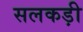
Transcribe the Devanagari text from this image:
सलकड़ी